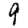
Digit: 9